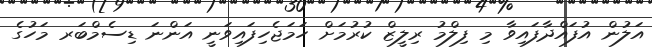
އަލުން އުފައްދާފައިވާ މި ފިލްމު ރިލީޒް ކުރުމަށް ހަމަޖެހިފައިވަނީ އަންނަ ޑިސެމްބަރ މަހުގެ